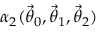
\alpha _ { 2 } ( \ensuremath { \vec { \theta } } _ { 0 } , \ensuremath { \vec { \theta } } _ { 1 } , \ensuremath { \vec { \theta } } _ { 2 } )